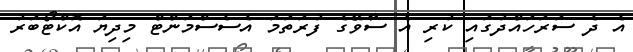
އެ ދެ ސަރަހައްދުގައި ކުރި އެ ސާވޭގެ ފުރަތަމަ އެސެސްމަންޓް މިދިޔަ އޮކްޓޯބަރު